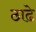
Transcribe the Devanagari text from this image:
ठाढे